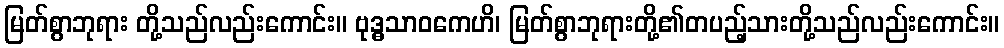
မြတ်စွာဘုရား တို့သည်လည်းကောင်း။ ဗုဒ္ဓသာဝကေဟိ၊ မြတ်စွာဘုရားတို့၏တပည့်သားတို့သည်လည်းကောင်း။